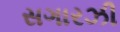
સગારઝી